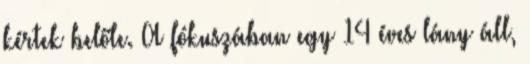
kértek belőle. A fókuszában egy 14 éves lány áll,